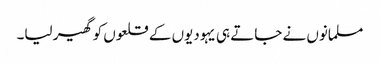
مسلمانوں نے جاتے ہی یہودیوں کے قلعوں کو گھیر لیا۔